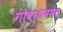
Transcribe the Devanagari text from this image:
गोवर्धनमठ